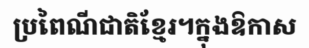
ប្រពៃណីជាតិខ្មែរ។ក្នុងឱកាស